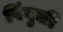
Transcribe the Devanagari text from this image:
पिंगुळी